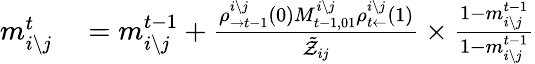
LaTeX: \begin{array}{rl}{m_{i\setminus j}^{t}}&{{}=m_{i\setminus j}^{t-1}+\frac{\rho_{\rightarrow t-1}^{i\setminus j}\left(0\right)M_{t-1,01}^{i\setminus j}\rho_{t\leftarrow}^{i\setminus j}\left(1\right)}{\tilde{\mathcal{Z}}_{ij}}\times\frac{1-m_{i\setminus j}^{t-1}}{1-m_{i\setminus j}^{t-1}}}\end{array}